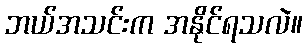
ဘယ်အသင်းက အနိုင်ရသလဲ။